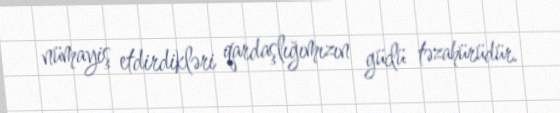
nümayiş etdirdikləri qardaşlığımızın güclü təzahürüdür.